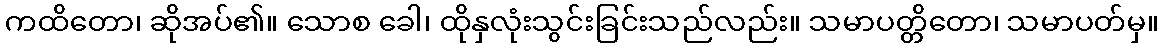
ကထိတော၊ ဆိုအပ်၏။ သောစ ခေါ၊ ထိုနှလုံးသွင်းခြင်းသည်လည်း။ သမာပတ္တိတော၊ သမာပတ်မှ။